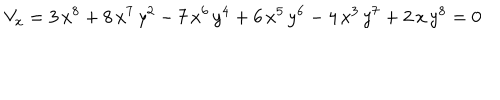
V _ { x } = 3 \, { x ^ { 8 } } + 8 \, { x ^ { 7 } } \, { y ^ { 2 } } - 7 \, { x ^ { 6 } } \, { y ^ { 4 } } + 6 \, { x ^ { 5 } } \, { y ^ { 6 } } - 4 \, { x ^ { 3 } } \, { y ^ { 7 } } + 2 \, x \, { y ^ { 8 } } = 0